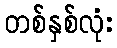
တစ်နှစ်လုံး